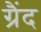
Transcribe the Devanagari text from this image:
ग्रैंद